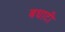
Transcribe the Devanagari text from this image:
बधाटी